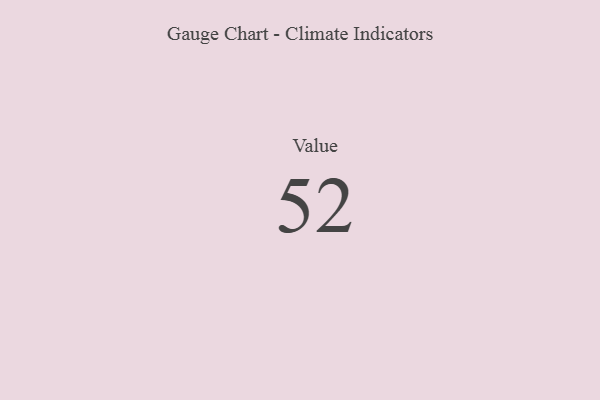
{"axis": {"x": "Metric", "y": "Value"}, "legend": [""], "data": [{"x": "Value", "y": 52, "type": ""}]}